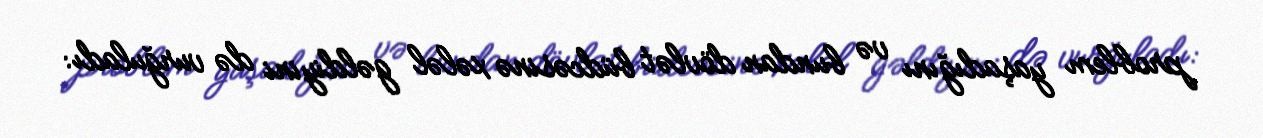
problem yaşadığını və bundan dövlət büdcəsinə xələl gəldiyini də vurğuladı: